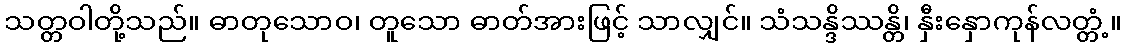
သတ္တဝါတို့သည်။ ဓာတုသောဝ၊ တူသော ဓာတ်အားဖြင့် သာလျှင်။ သံသန္ဒိဿန္တိ၊ နှီးနှောကုန်လတ္တံ့။